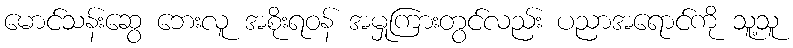
မောင်သန်းဆွေ ဘေးလူ အစိုးရဝန် အမှုကြားတွင်လည်း ပညာအရောင်ကို သူ့သူ